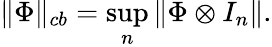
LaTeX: \| \Phi\| _{cb}=\operatorname*{sup}_{n}\| \Phi\otimes I_{n}\| .